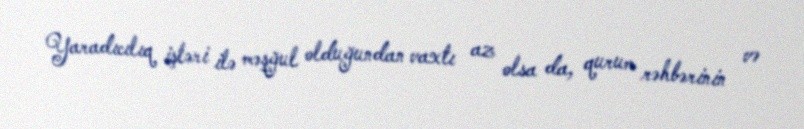
Yaradıcılıq işləri ilə məşğul olduğundan vaxtı az olsa da, qurum rəhbərinin və